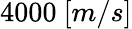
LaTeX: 4000\ [m/s]